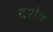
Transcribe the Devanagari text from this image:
दर्शव